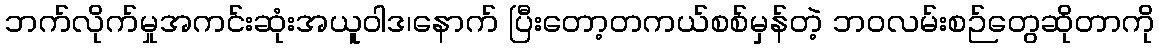
ဘက်လိုက်မှုအကင်းဆုံးအယူဝါဒ၊နောက် ပြီးတော့တကယ်စစ်မှန်တဲ့ ဘဝလမ်းစဉ်တွေဆိုတာကို